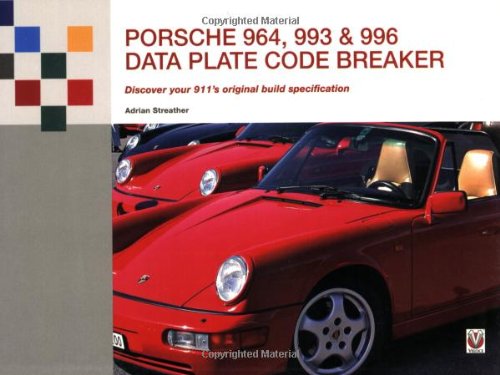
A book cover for Porsche 964, 993 & 996 Data Plate Code Breaker: Discover Your 911's Original Build Specification; Adrian Streather; Engineering & Transportation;